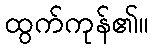
ထွက်ကုန်၏။